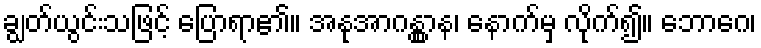
ချွတ်ယွင်းသဖြင့် ပြောရာ၏။ အနုအာဂန္တွာန၊ နောက်မှ လိုက်၍။ ဘောဂေ၊